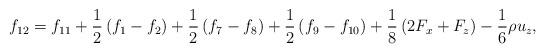
LaTeX: \begin{align*}{f_{12}} = {f_{11}} + \frac{1}{2}\left( {{f_1} - {f_2}} \right) + \frac{1}{2}\left( {{f_7} - {f_8}} \right) + \frac{1}{2}\left( {{f_9} - {f_{10}}} \right) + \frac{1}{8}\left( {2{F_x} + {F_z}} \right) - \frac{1}{6}\rho {u_z},\end{align*}